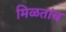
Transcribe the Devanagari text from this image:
मिळतांच